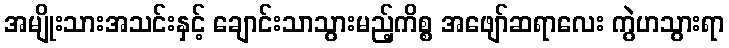
အမျိုးသားအသင်းနှင့် ချောင်းသာသွားမည့်ကိစ္စ အဖျော်ဆရာလေး ကွဲဟသွားရာ